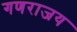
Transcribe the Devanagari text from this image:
गणराजय